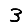
Digit: 3